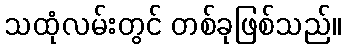
သထုံလမ်းတွင် တစ်ခုဖြစ်သည်။